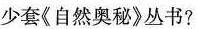
少套《自然奥秘》丛书?